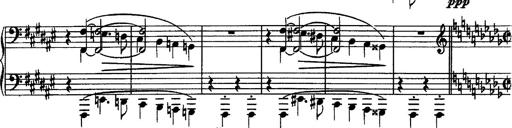
Title: Piano Sonata
Composer: Karl HÃ¤ssler
Key: C major